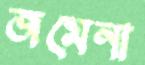
জমেনা